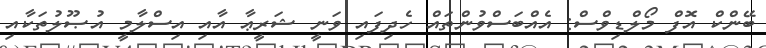
ބޭންކް އޮފް މޯލްޑިވްސް: އެއްބަސްވުންތައް ހެދިފައި ވަނީ ޝަރީޢާ އާއި އިސްލާމީ އުޞޫލުތަކާއި